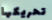
تحريكها